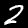
Label: 2